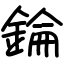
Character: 錀